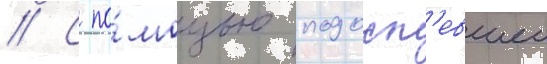
// С по́мощью подосп'евшеи